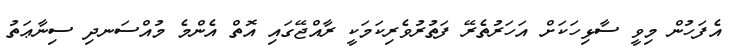
އެފަހުން މިވީ ސާޅިހަކަށް އަހަރުތެރޭ ފަތުރުވެރިކަމަކީ ރާއްޖޭގައި އޮތް އެންމެ މުއްސަނދި ސިނާޢަތު